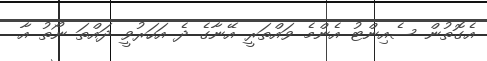
އެގޮތުން ސެއިންޓު އެންމެ ވައްތަރީ އޭނާގެ ދެ އަހަރުވީ ދައްތަ ނޯތު އާ